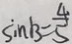
\sin B = \frac { 4 } { 5 }